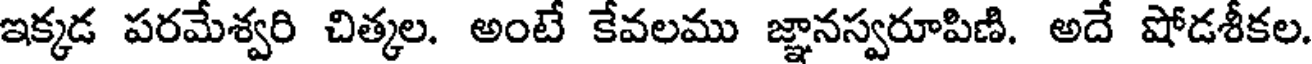
ఇక్కడ పరమేశ్వరి చిత్కల. అంటే కేవలము జ్ఞానస్వరూపిణి. అదే షోడశీకల.